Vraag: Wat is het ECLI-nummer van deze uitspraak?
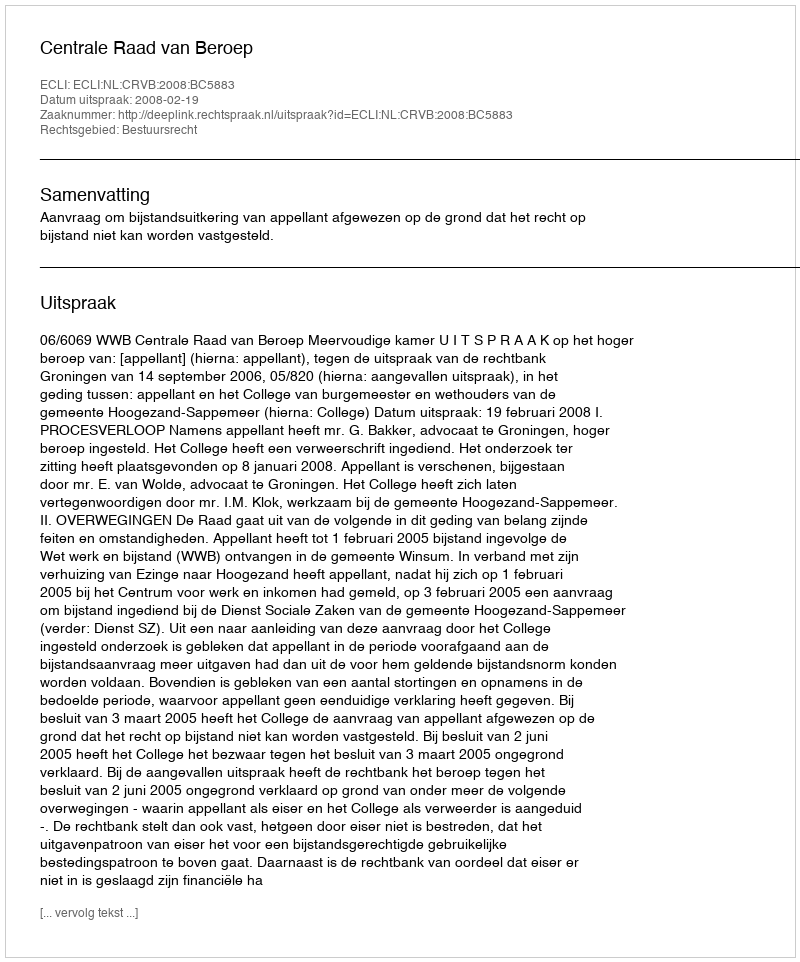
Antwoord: ECLI:NL:CRVB:2008:BC5883